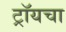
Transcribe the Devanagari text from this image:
ट्रॉयचा